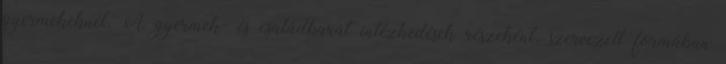
gyermekeknél. A gyermek- és családbarát intézkedések részeként, szervezett formában